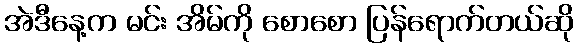
အဲဒီနေ့က မင်း အိမ်ကို စောစော ပြန်ရောက်တယ်ဆို